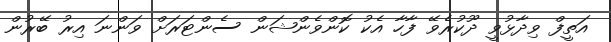
އަތީފް ވިދާޅުވީ ދޫކުރެވޭ ފާހާ އެކު ކޮންވެންޝަން ސެންޓަރަށް ވަންނަ އިރު ބޭރުން